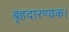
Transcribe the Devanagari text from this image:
बृहदारण्यक।